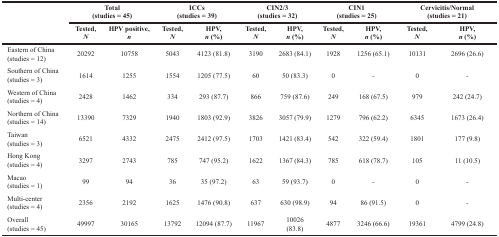
<table><thead><tr><td></td><td colspan="2"><b>Total(studies = 45)</b></td><td colspan="2"><b>ICCs(studies = 39)</b></td><td colspan="2"><b>CIN2/3(studies = 32)</b></td><td colspan="2"><b>CIN1(studies = 25)</b></td><td colspan="2"><b>Cervicitis/Normal(studies = 21)</b></td></tr><tr><td></td><td><b>Tested,<i>N</i></b></td><td><b>HPV positive,<i>n</i></b></td><td><b>Tested,<i>N</i></b></td><td><b>HPV,<i>n</i> (%)</b></td><td><b>Tested,<i>N</i></b></td><td><b>HPV,<i>n</i> (%)</b></td><td><b>Tested,<i>N</i></b></td><td><b>HPV,<i>n</i> (%)</b></td><td><b>Tested,<i>N</i></b></td><td><b>HPV,<i>n</i> (%)</b></td></tr></thead><tbody><tr><td>Eastern of China(studies = 12)</td><td>20292</td><td>10758</td><td>5043</td><td>4123 (81.8)</td><td>3190</td><td>2683 (84.1)</td><td>1928</td><td>1256 (65.1)</td><td>10131</td><td>2696 (26.6)</td></tr><tr><td>Southern of China(studies = 3)</td><td>1614</td><td>1255</td><td>1554</td><td>1205 (77.5)</td><td>60</td><td>50 (83.3)</td><td>0</td><td>-</td><td>0</td><td>-</td></tr><tr><td>Western of China(studies = 4)</td><td>2428</td><td>1462</td><td>334</td><td>293 (87.7)</td><td>866</td><td>759 (87.6)</td><td>249</td><td>168 (67.5)</td><td>979</td><td>242 (24.7)</td></tr><tr><td>Northern of China(studies =14)</td><td>13390</td><td>7329</td><td>1940</td><td>1803 (92.9)</td><td>3826</td><td>3057 (79.9)</td><td>1279</td><td>796 (62.2)</td><td>6345</td><td>1673 (26.4)</td></tr><tr><td>Taiwan(studies = 3)</td><td>6521</td><td>4332</td><td>2475</td><td>2412 (97.5)</td><td>1703</td><td>1421 (83.4)</td><td>542</td><td>322 (59.4)</td><td>1801</td><td>177 (9.8)</td></tr><tr><td>Hong Kong(studies = 4)</td><td>3297</td><td>2743</td><td>785</td><td>747 (95.2)</td><td>1622</td><td>1367 (84.3)</td><td>785</td><td>618 (78.7)</td><td>105</td><td>11 (10.5)</td></tr><tr><td>Macao(studies = 1)</td><td>99</td><td>94</td><td>36</td><td>35 (97.2)</td><td>63</td><td>59 (93.7)</td><td>0</td><td>-</td><td>0</td><td>-</td></tr><tr><td>Multi-center(studies = 4)</td><td>2356</td><td>2192</td><td>1625</td><td>1476 (90.8)</td><td>637</td><td>630 (98.9)</td><td>94</td><td>86 (91.5)</td><td>0</td><td>-</td></tr><tr><td>Overall(studies = 45)</td><td>49997</td><td>30165</td><td>13792</td><td>12094 (87.7)</td><td>11967</td><td>10026 (83.8)</td><td>4877</td><td>3246 (66.6)</td><td>19361</td><td>4799 (24.8)</td></tr></tbody></table>